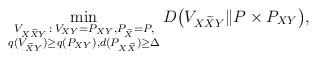
LaTeX: \begin{align*} \min_{\substack{V_{X\widetilde{X}Y} \,:\, V_{XY} = P_{XY}, P_{\widetilde{X}} = P, \\ q(V_{\widetilde{X}Y}) \ge q(P_{XY}), d(P_{X\widetilde{X}}) \ge \Delta}} D\big( V_{X\widetilde{X}Y} \| P \times P_{XY} \big), \end{align*}